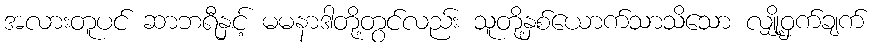
အလားတူပင် ဆာဘရီနှင့် မမနာဒါတို့တွင်လည်း သူတို့နှစ်ယောက်သာသိသော လျှို့ဝှက်ချက်